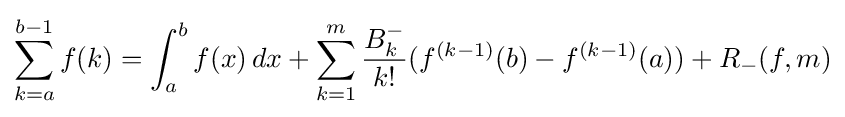
\sum _{k=a}^{b-1}f(k)=\int _{a}^{b}f(x)\,dx+\sum _{k=1}^{m}{\frac {B_{k}^{-}}{k!}}(f^{(k-1)}(b)-f^{(k-1)}(a))+R_{-}(f,m)